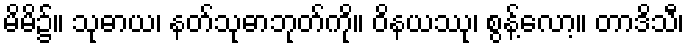
မိမိ၌။ သုဓာယ၊ နတ်သုဓာဘုတ်ကို။ ဝိနယဿု၊ စွန့်လော့။ တာဒိသီ၊